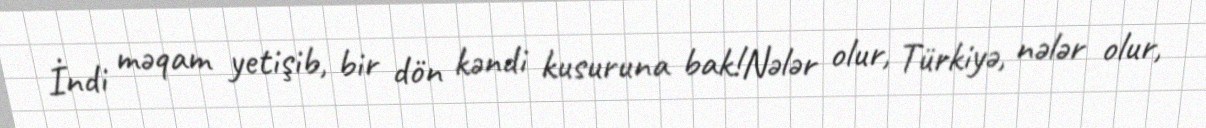
İndi məqam yetişib, bir dön kəndi kusuruna bak!Nələr olur, Türkiyə, nələr olur,